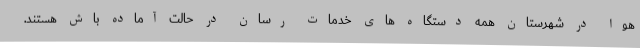
هوا در شهرستان همه دستگاه های خدمات رسان در حالت آماده باش هستند.